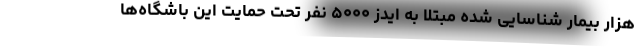
هزار بیمار شناسایی شده مبتلا به ایدز ۵۰۰۰ نفر تحت حمایت این باشگاه‌ها